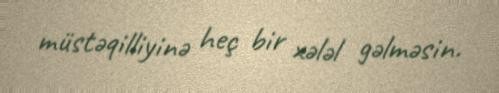
müstəqilliyinə heç bir xələl gəlməsin.